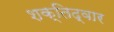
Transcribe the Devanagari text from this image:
शक्तिद्वार